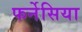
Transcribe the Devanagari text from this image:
फर्नेसिया